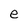
Character: e